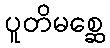
ပူတိမစ္ဆေ